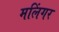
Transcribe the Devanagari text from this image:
मलिंगर